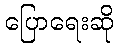
ပြောရေးဆို